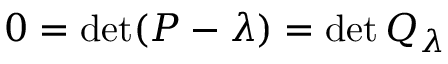
0 = \operatorname * { d e t } ( P - \lambda ) = \operatorname * { d e t } Q _ { \lambda }